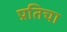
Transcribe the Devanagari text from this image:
प्रतिचा